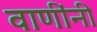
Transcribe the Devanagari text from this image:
वाणींनी